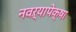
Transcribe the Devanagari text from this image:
नवऱ्यापेक्षा